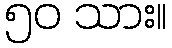
၅၀ သား။